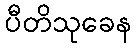
ပီတိသုခေန